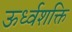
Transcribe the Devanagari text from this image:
ऊर्ध्वशक्ति